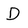
Character: D